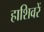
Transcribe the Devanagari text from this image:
हाशिवरें